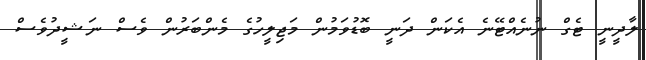
ލާދީނީ ޓެގް ނުނެއްޓޭނެ އެކަން ދަނީ ބޮޑުވަމުން މަޖިލީހުގެ މެންބަރުން ވެސް ނަޝީދުވެސް